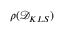
\rho ( \mathcal { D } _ { K L S } )